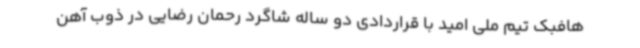
هافبک تیم ملی امید با قراردادی دو ساله شاگرد رحمان رضایی در ذوب آهن